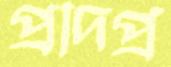
প্রাদপ্র